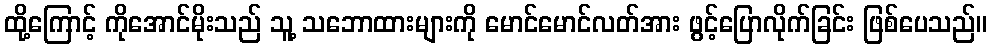
ထို့ကြောင့် ကိုအောင်မိုးသည် သူ့ သဘောထားများကို မောင်မောင်လတ်အား ဖွင့်ပြောလိုက်ခြင်း ဖြစ်ပေသည်။